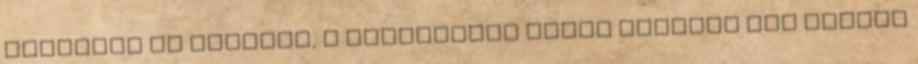
szervert is feltört, a rendszerek nevét azonban nem akarta